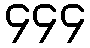
၄၄၄